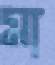
মা